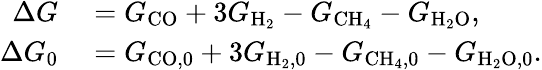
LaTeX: \begin{array}{rl}{\Delta G}&{{}=G_{\mathrm{CO}}+3G_{\mathrm{H_{2}}}-G_{\mathrm{CH_{4}}}-G_{\mathrm{H_{2}O}},}\\ {\Delta G_{0}}&{{}=G_{\mathrm{CO,0}}+3G_{\mathrm{H_{2},0}}-G_{\mathrm{CH_{4},0}}-G_{\mathrm{H_{2}O,0}}.}\end{array}